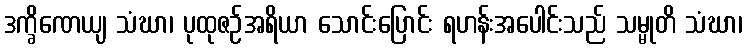
ဒက္ခိဏေယျ သံဃာ၊ ပုထုဇဉ်အရိယာ သောင်းပြောင်း ရဟန်းအပေါင်းသည် သမ္မုတိ သံဃာ၊